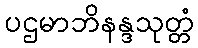
ပဌမာဘိနန္ဒသုတ္တံ